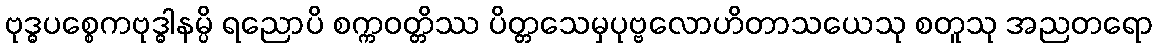
ဗုဒ္ဓပစ္စေကဗုဒ္ဓါနမ္ပိ ရညောပိ စက္ကဝတ္တိဿ ပိတ္တသေမှပုဗ္ဗလောဟိတာသယေသု စတူသု အညတရော